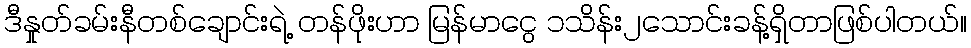
ဒီနှုတ်ခမ်းနီတစ်ချောင်းရဲ့ တန်ဖိုးဟာ မြန်မာငွေ ၁သိန်း၂သောင်းခန့်ရှိတာဖြစ်ပါတယ်။